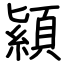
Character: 顈